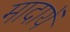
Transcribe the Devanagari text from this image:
मादायें